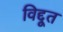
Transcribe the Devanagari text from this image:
विद्दूत